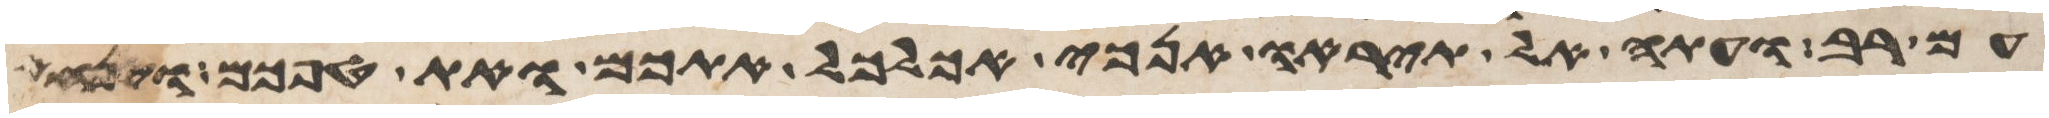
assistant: עם רב ועתה אל תיראו אנכי אכלכל אתכם ואת טפכם וינחם